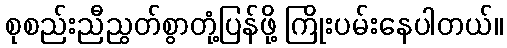
စုစည်းညီညွတ်စွာတုံ့ပြန်ဖို့ ကြိုးပမ်းနေပါတယ်။